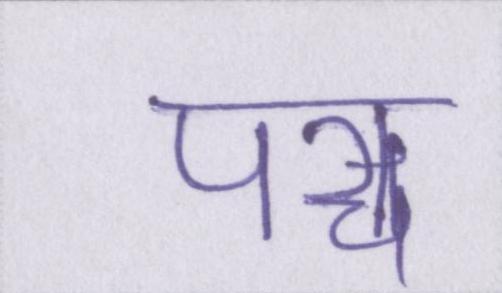
पञ्च